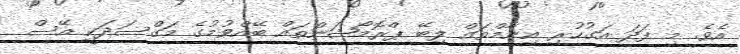
އެވެ. މި ފަދަ އަގުހުރި އިނާމްތައް ލިބޭ ޕްރޮމޯޝަންތައް ބޭއްވުމުގެ މަގްސަދަކީ އޭސް